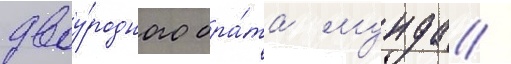
двоу́родного бра́та мунда /